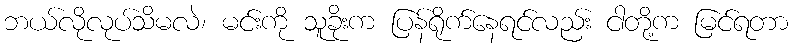
ဘယ်လိုလုပ်သိမလဲ၊ မင်းကို သူခိုးက ပြန်ရိုက်နေရင်လည်း ငါတို့က မြင်ရတာ